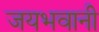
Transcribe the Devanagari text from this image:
जयभवानी